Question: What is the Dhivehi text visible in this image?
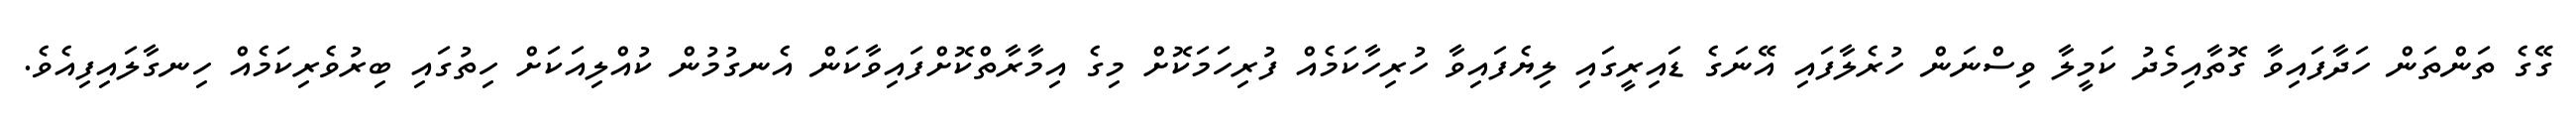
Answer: ގޭގެ ތަންތަން ހަދާފައިވާ ގޮތާއިމެދު ކަމީލާ ވިސްނަން ހުރެލާފައި އޭނަގެ ޑައިރީގައި ލިޔެފައިވާ ހުރިހާކަމެއް ފުރިހަމަކޮށް މިގެ އިމާރާތްކޮށްފައިވާކަން އެނގުމުން ކުއްލިއަކަށް ހިތުގައި ބިރުވެރިކަމެއް ހިނގާލައިފިއެވެ.